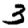
Digit: 3